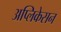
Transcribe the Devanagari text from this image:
अप्लिकेसन